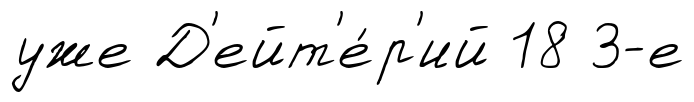
уже Д'ейт'е́р'ий 18 3-е